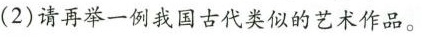
(2)请再举一例我国古代类似的艺术作品。